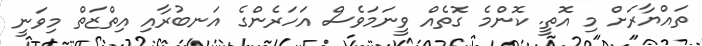
ތައްޔާރަށް މި އޮތީ. ކޮންމެ ގޮތެއް ވީނަމަވެސް އަހަރެންގެ އަނބުރާއި އިތްޒަތް މިވަނީ